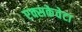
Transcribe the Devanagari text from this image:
एक्सकेवेटा